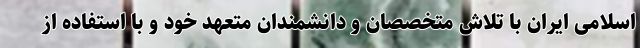
اسلامی ایران با تلاش متخصصان و دانشمندان متعهد خود و با استفاده از